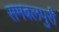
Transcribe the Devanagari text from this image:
समबलपुरी